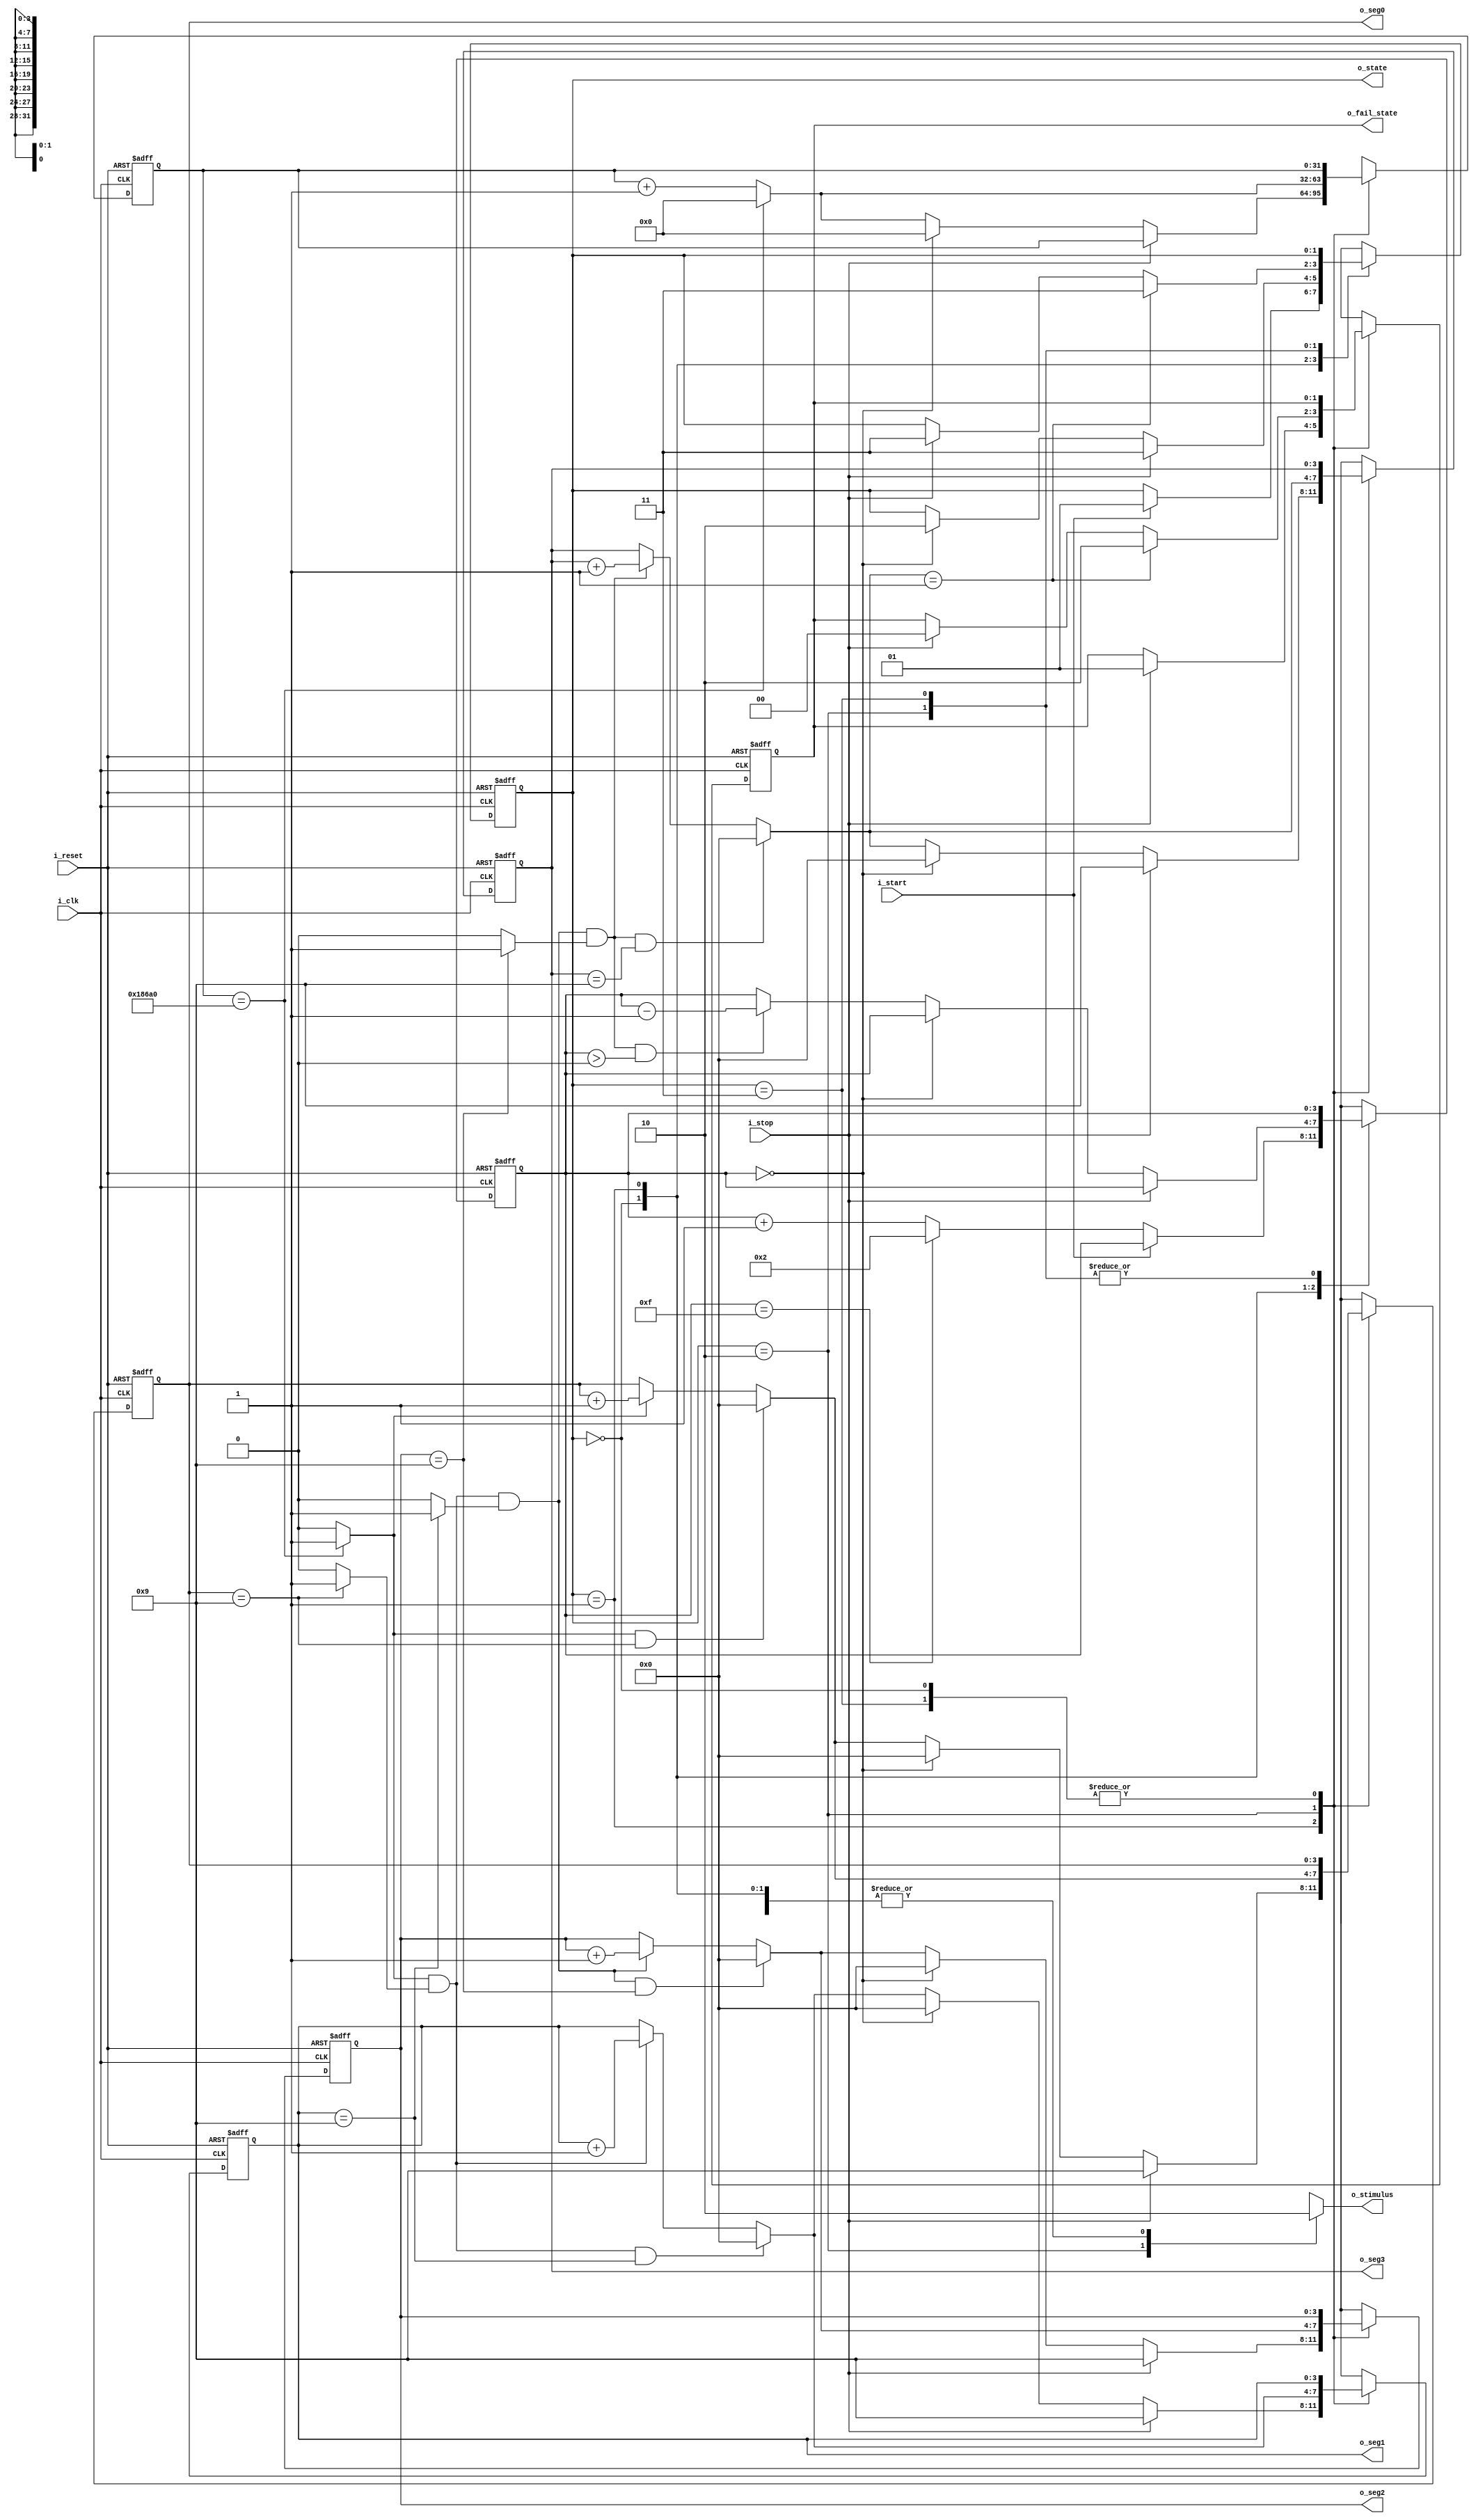
`timescale 1ns / 1ps
//////////////////////////////////////////////////////////////////////////////////
// Company: 
// Engineer: 
// 
// Design Name: 
// Module Name: reaction_timer
// Project Name: 
// Target Devices: 
// Tool Versions: 
// Description: 
// 
// Dependencies: 
// 
// Revision:
// Revision 0.01 - File Created
// Additional Comments:
// 
//////////////////////////////////////////////////////////////////////////////////


module reaction_timer(
    input i_clk, i_reset, 
    input i_start, i_stop,
    output reg o_stimulus,
    output [3:0] o_seg3, o_seg2, o_seg1, o_seg0,
    output [1:0] o_state,
    output [1:0] o_fail_state //0 if success, 1 if early, 2 if slow
    );
    
    //definition for tick rate. defualt is for milliseconds
    parameter DVSR = 100000; //Mod-M counter for 0.001 second tick with 100MHZ clock

    //state definitions
    localparam [1:0] idle = 2'b00, //shows "HI" on seven seg, stimulus 0. press i_btn to initiate test, seven seg goes off at this point
                     random_count = 2'b01,  
                     react = 2'b10,  
                     done = 2'b11;
    
    //register values
    reg  [1:0]  s_state_reg, s_state_next;
    reg  [3:0]  s_seg3_reg, s_seg2_reg, s_seg1_reg, s_seg0_reg;
    reg  [3:0]  s_seg3_next, s_seg2_next, s_seg1_next, s_seg0_next;
    reg  [1:0]  s_fail_state_reg, s_fail_state_next;
    
    reg  [31:0] s_ms_reg, s_ms_next;
    reg  [3:0]  s_rand_reg, s_rand_next;
    
    wire        s_seg3_en, s_seg2_en, s_seg1_en, s_seg0_en;              //Enable status of if 10, 1, and 0.1 second should count
    wire        s_ms_tick, s_seg2_tick, s_seg1_tick, s_seg0_tick;        //tick status 
    wire [3:0]  s_seg3_count, s_seg2_count, s_seg1_count, s_seg0_count;
    wire [31:0] s_ms_count;
    
    wire [3:0]  s_rand_count, s_rand_decrement;    
    
    always @(posedge i_clk, posedge i_reset)
        if (i_reset)
            begin
                s_state_reg    <= idle;
                s_fail_state_reg <= 0;
                s_seg3_reg     <= 0;
                s_seg2_reg     <= 0;
                s_seg1_reg     <= 0;
                s_seg0_reg     <= 0;
                s_ms_reg       <= 0;
                s_rand_reg     <= 2;
            end
        else
            begin
                s_state_reg    <= s_state_next;
                s_fail_state_reg <= s_fail_state_next;
                s_seg3_reg     <= s_seg3_next;
                s_seg2_reg     <= s_seg2_next;
                s_seg1_reg     <= s_seg1_next;
                s_seg0_reg     <= s_seg0_next;
                s_ms_reg       <= s_ms_next;
                s_rand_reg     <= s_rand_next;
            end
    
    always @*
        begin
            //assign default values
            s_state_next = s_state_reg;
            s_seg3_next  = s_seg3_reg;
            s_seg2_next  = s_seg2_reg;
            s_seg1_next  = s_seg1_reg;
            s_seg0_next  = s_seg0_reg;
            s_ms_next    = s_ms_reg;
            s_rand_next  = s_rand_reg;
            s_fail_state_next = s_fail_state_reg;
            
            o_stimulus   = 1'b0;

            case(s_state_reg)
                idle: 
                    begin
                        
                        if(i_start) //displays start message until i_start goes active
                            s_state_next = random_count;
                         else
                            s_rand_next = s_rand_count;
                        
                    end
                random_count: //random count between 2 to 15 seconds (use seg3 counter). seg display off
                    begin
                                                 
                        if(i_stop) //if button pushed before stimulus reg set, display "9.999"
                            begin
                                s_seg3_next = 4'h9;
                                s_seg2_next = 4'h9;
                                s_seg1_next = 4'h9;
                                s_seg0_next = 4'h9;
                                s_state_next = done;
                                s_fail_state_next = 1; //fail early
                            end
                        else if (s_rand_reg == 0) //Random count between 2 to 15 seconds
                            begin
                                s_state_next = react;
                                s_seg3_next = 4'h0;
                                s_seg2_next = 4'h0;
                                s_seg1_next = 4'h0;
                                s_seg0_next = 4'h0;
                                s_ms_next   = 0;
                            end
                        else //otherwise, increment count
                            begin
                                s_seg3_next = s_seg3_count;
                                s_seg2_next = s_seg2_count;
                                s_seg1_next = s_seg1_count;
                                s_seg0_next = s_seg0_count;
                                s_ms_next   = s_ms_count;
                                s_rand_next = s_rand_decrement;
                            end
                    
                    end
                react:
                    begin
                        o_stimulus = 1'b1;
                        s_seg3_next = s_seg3_count;
                        s_seg2_next = s_seg2_count;
                        s_seg1_next = s_seg1_count;
                        s_seg0_next = s_seg0_count;
                        s_ms_next   = s_ms_count;

                        if(i_stop) //stop when stop button pushed
                        begin
                            s_state_next = done;
                            s_fail_state_next = 0; //success, pressed on time
                        end
                        
                        if(s_seg3_next == 4'h1) //stop when timer reaches 1 second, failed
                        begin
                            s_state_next = done;
                            s_fail_state_next = 2; //fail, stop late
                        end

                    end
                done: 
                    begin
                        o_stimulus = 1'b0;
                    end
            endcase
        end
    
    //data path logic
    //counter ticks when reaching 9 for 0.001, 0.01, 0.1, and 1 second
    assign s_ms_tick   = (s_ms_reg == DVSR) ? 1'b1 : 1'b0;
    assign s_seg0_tick = (s_seg0_reg == 9)  ? 1'b1 : 1'b0;
    assign s_seg1_tick = (s_seg1_reg == 9)  ? 1'b1 : 1'b0;
    assign s_seg2_tick = (s_seg2_reg == 9)  ? 1'b1 : 1'b0;
    
    //enable status for segment to increment if smaller value at 9
    assign s_seg0_en   = s_ms_tick; 
    assign s_seg1_en   = s_ms_tick && s_seg0_tick; 
    assign s_seg2_en   = s_ms_tick && s_seg0_tick && s_seg1_tick; 
    assign s_seg3_en   = s_ms_tick && s_seg0_tick && s_seg1_tick && s_seg2_tick; 

    //temporary count wires to increment registers
    assign s_rand_count = (s_rand_reg == 15) ? 4'h2 : s_rand_reg + 1;
    assign s_rand_decrement = (s_seg3_en && s_rand_reg > 0) ? s_rand_reg - 1 : s_rand_reg;
    
    assign s_ms_count   = (s_ms_reg == DVSR) ? 0 : s_ms_reg + 1;
    
    assign s_seg0_count = (s_seg0_en && (s_seg0_reg == 9)) ? 4'b0000 :
                                               (s_seg0_en) ? s_seg0_reg + 1 : 
                                                             s_seg0_reg;

    assign s_seg1_count = (s_seg1_en && (s_seg1_reg == 9)) ? 4'b0000:
                                               (s_seg1_en) ? s_seg1_reg + 1 : 
                                                             s_seg1_reg;
                                                     
    assign s_seg2_count = (s_seg2_en && (s_seg2_reg == 9)) ? 4'b0000:
                                               (s_seg2_en) ? s_seg2_reg + 1 : 
                                                             s_seg2_reg;
                                                     
    assign s_seg3_count = (s_seg3_en && (s_seg3_reg == 9)) ? 4'b0000:
                                               (s_seg3_en) ? s_seg3_reg + 1 : 
                                                             s_seg3_reg;
    
    //output logic
    assign o_seg0 = s_seg0_reg;
    assign o_seg1 = s_seg1_reg;
    assign o_seg2 = s_seg2_reg;
    assign o_seg3 = s_seg3_reg;
    assign o_state = s_state_reg;
    assign o_fail_state = s_fail_state_reg;
        
endmodule